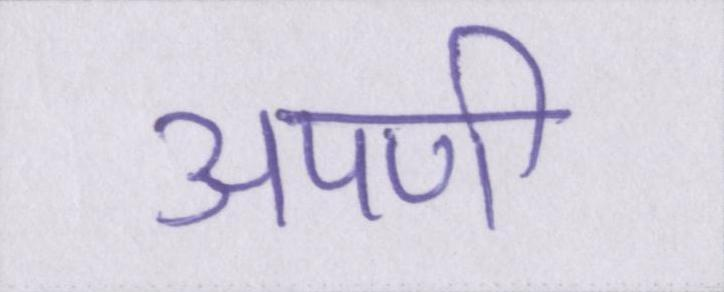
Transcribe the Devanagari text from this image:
अपणी